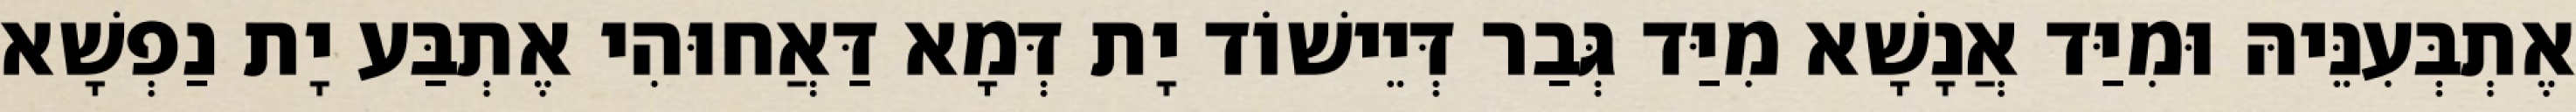
אֶתְבְּעִנֵּיהּ וּמִיַּד אֲנָשָׁא מִיַּד גְּבַר דְּיֵישׁוֹד יָת דְּמָא דַּאֲחוּהִי אֶתְבַּע יָת נַפְשָׁא